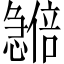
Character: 𪬽